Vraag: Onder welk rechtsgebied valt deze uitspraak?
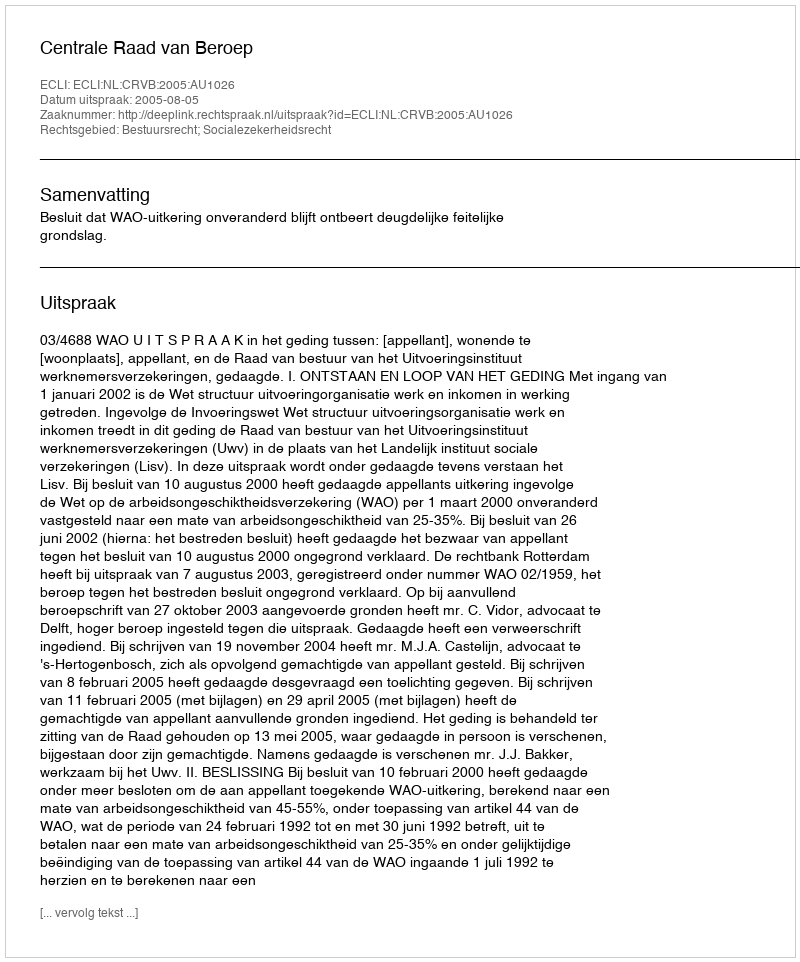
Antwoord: Bestuursrecht; Socialezekerheidsrecht